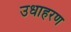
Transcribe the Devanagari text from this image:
उधाहरण